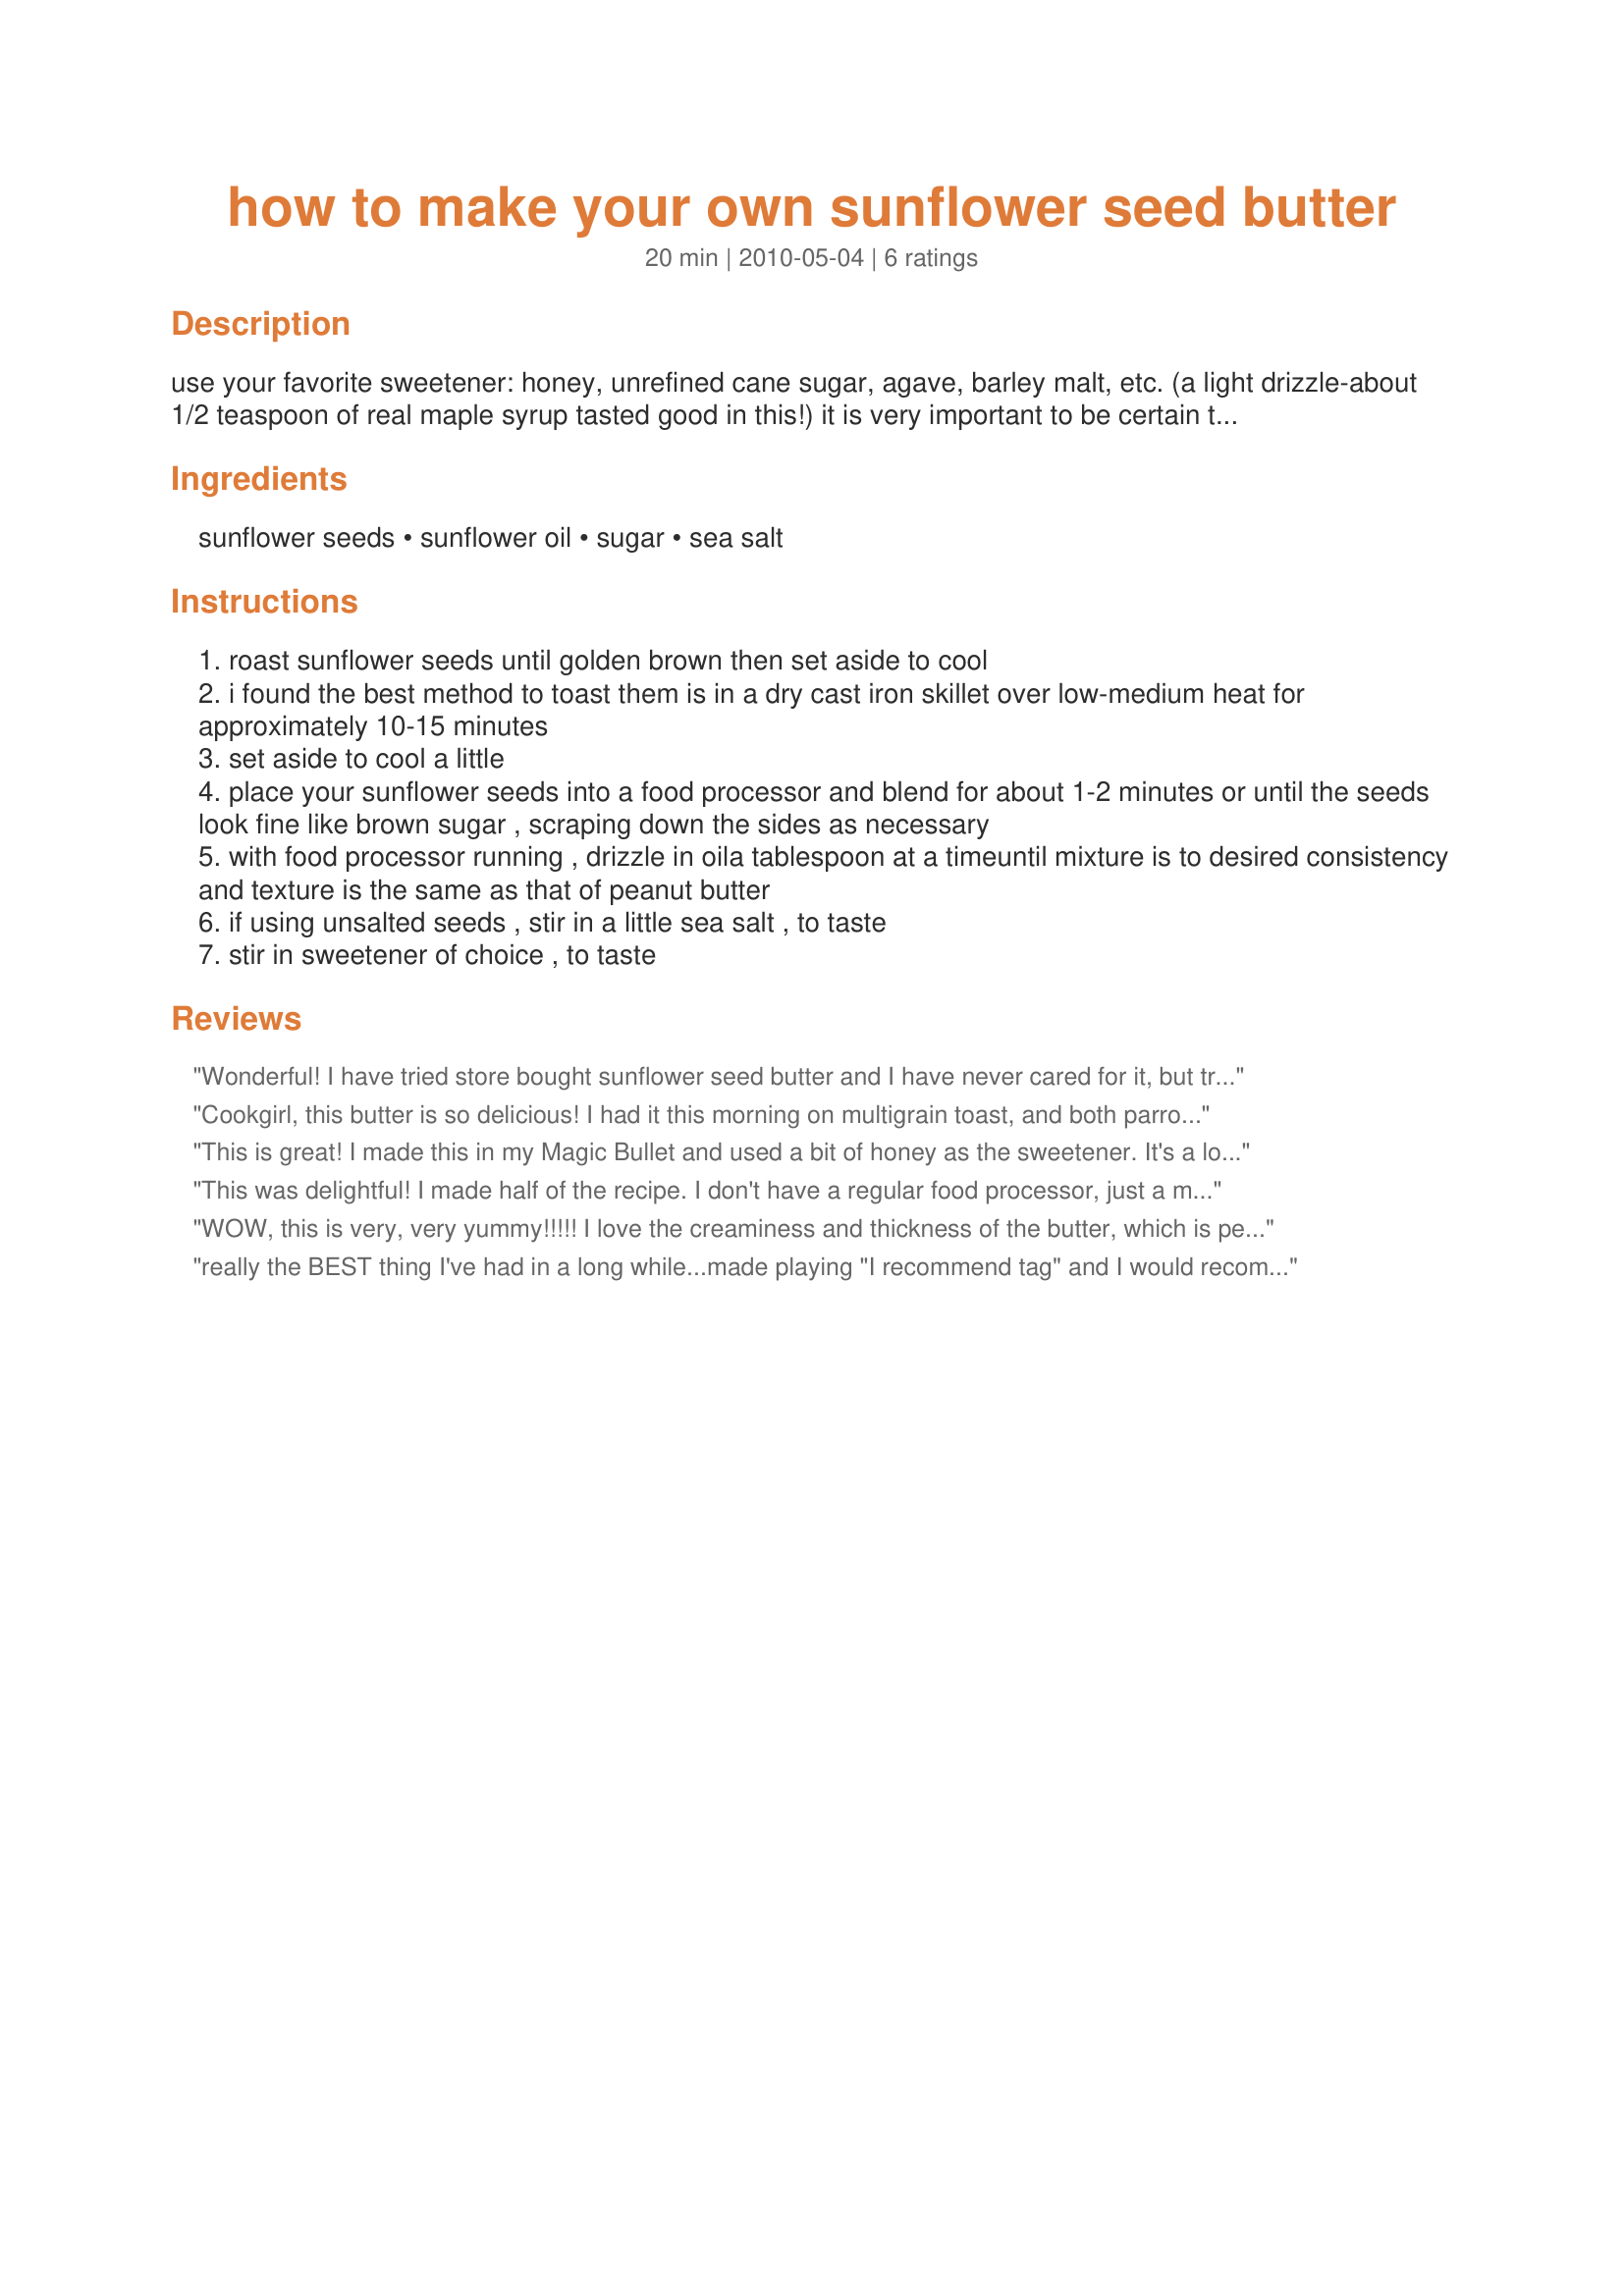
how to make your own sunflower seed butter
Preparation time: 20 minutes

use your favorite sweetener: honey, unrefined cane sugar, agave, barley malt, etc. (a light drizzle-about 1/2 teaspoon of real maple syrup tasted good in this!) it is very important to be certain the sunflower seeds you use for this recipe are fresh. if not, the butter will taste "off"-rancid. to store, use a covered container and refrigerate. from deliciouswisdom.com.

Ingredients:
sunflower seeds, sunflower oil, sugar, sea salt

Steps:
roast sunflower seeds until golden brown then set aside to cool
i found the best method to toast them is in a dry cast iron skillet over low-medium heat for approximately 10-15 minutes
set aside to cool a little
place your sunflower seeds into a food processor and blend for about 1-2 minutes or until the seeds look fine like brown sugar , scraping down the sides as necessary
with food processor running , drizzle in oila tablespoon at a timeuntil mixture is to desired consistency and texture is the same as that of peanut butter
if using unsalted seeds , stir in a little sea salt , to taste
stir in sweetener of choice , to taste

Reviews:
Wonderful! I have tried store bought sunflower seed butter and I have never cared for it, but tried this since I had some seeds I didn't know what to do with... And this is fantastic. I had slightly less than a cup of seeds, so I didn't measure the other ingredients. Just buzzed these in the processor, then started drizzling oil (I used grape seed, as it was what I have) until it was the right consistency. Sweetened with agave (just developed a taste for) and it turned out great. Thanks for sharing.
Cookgirl, this butter is so delicious! I had it this morning on multigrain toast, and both parrots couldn't get enough! I used manuka honey, and the caramel flavour went very well with the roasted sunflower seeds. I did go with Laloula's idea and add a bit of cinnamon, which added a wonderful flavour element. Yum, yum, yum! Thank you for posting - this is a new favourite! Recipenapped for Veggie Swap 24.
This is great! I made this in my Magic Bullet and used a bit of honey as the sweetener. It's a lot more economical to make this yourself than to buy those expensive nut/see butters and it only took a few minutes to do once the seeds were roasted.
This was delightful! I made half of the recipe. I don't have a regular food processor, just a mini one that has to stay closed while it's running, so I just added a tiny amount of oil, processed a bit, added more, etc until I got the consistency I wanted. I added just a small amount of honey for sweetener and no extra salt. Enjoyed on multigrain toast - thanks for sharing this treat!
WOW, this is very, very yummy!!!!!
I love the creaminess and thickness of the butter, which is perfect for spreading on something and also for having it plain. YUM!
The taste is very distinct with a great roasty aroma. I might have roasted my seeds a tad too long so the butter turned very dark, but the taste was superb nonetheless. I left out the sweetner but added in some cinnamon. I will definitly make this again. Such a wonderful healthy spread!
THANK YOU SO MUCH for sharing this winner with us, Cookgirl!
Made and reviewed for Veggie Swap #24 July 2010.
really the BEST thing I've had in a long while...made playing "I recommend tag" and I would recommend this as a must try for all... this is better than any nut butter I've ever had...my new favorite thing-THANKS Cookgirl-what a great recipe share!!!
